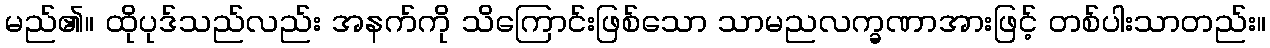
မည်၏။ ထိုပုဒ်သည်လည်း အနက်ကို သိကြောင်းဖြစ်သော သာမညလက္ခဏာအားဖြင့် တစ်ပါးသာတည်း။